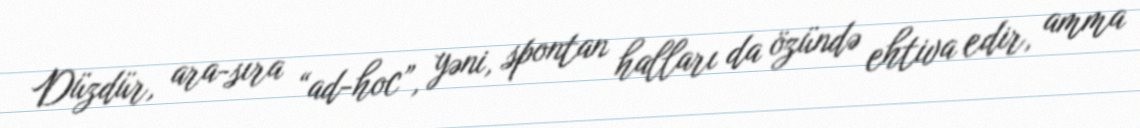
Düzdür, ara-sıra “ad-hoc”, yəni, spontan halları da özündə ehtiva edir, amma